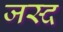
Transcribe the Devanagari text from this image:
जस्द